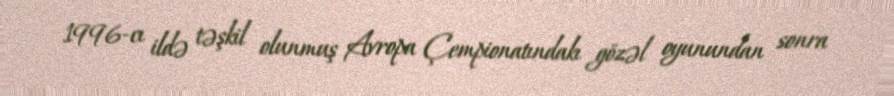
1996-cı ildə təşkil olunmuş Avropa Çempionatındakı gözəl oyunundan sonra